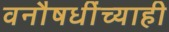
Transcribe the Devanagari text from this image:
वनौषधींच्याही